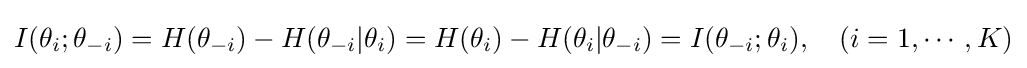
I(\theta _{i};\theta _{-i})=H(\theta _{-i})-H(\theta _{-i}|\theta _{i})=H(\theta _{i})-H(\theta _{i}|\theta _{-i})=I(\theta _{-i};\theta _{i}),\quad (i=1,\cdots ,K)